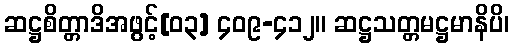
ဆဋ္ဌစိတ္တာဒိအဖွင့်[၀၃] ၄၀၉-၄၁၂။ ဆဋ္ဌသတ္တမဋ္ဌမာနိပိ၊